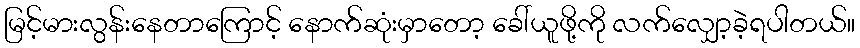
မြင့်မားလွန်းနေတာကြောင့် နောက်ဆုံးမှာတော့ ခေါ်ယူဖို့ကို လက်လျှော့ခဲ့ရပါတယ်။